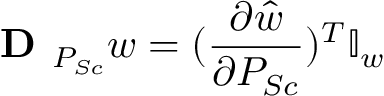
\textbf { D } _ { P _ { S c } } w = ( \frac { \partial \hat { w } } { \partial P _ { S c } } ) ^ { T } \mathbb { I } _ { w }